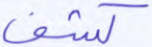
كشف